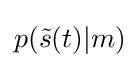
p({\tilde {s}}(t)\vert m)